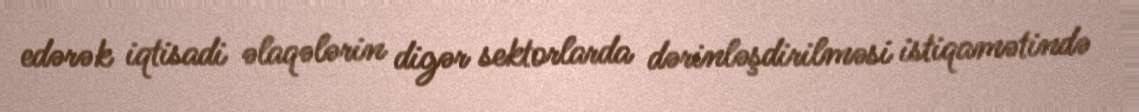
edərək iqtisadi əlaqələrin digər sektorlarda dərinləşdirilməsi istiqamətində